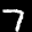
Label: 7